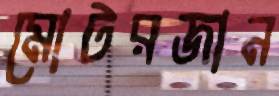
মোটরজান